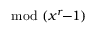
{ \mathrm { m o d ~ } } ( x ^ { r } \! \! - \! \! 1 )